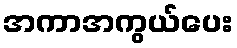
အကာအကွယ်ပေး